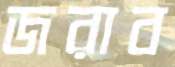
জরাব